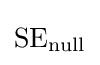
{\text{SE}}_{\text{null}}